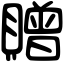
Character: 贈